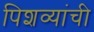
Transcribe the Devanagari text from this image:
पिशव्यांची